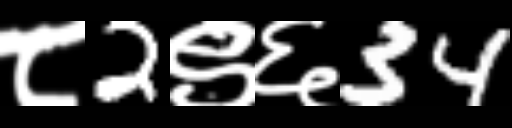
Text: ८2९६34